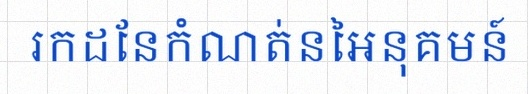
រកដែនកំណត់នៃអនុគមន៍